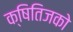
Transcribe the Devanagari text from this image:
क्षितिजको